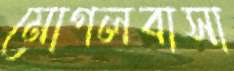
মোগলবাসা